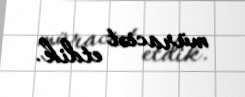
müraciət etdik.